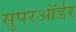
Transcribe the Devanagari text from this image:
सुपरऑर्डर